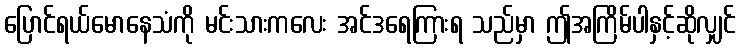
ပြောင်ရယ်မောနေသံကို မင်းသားကလေး အင်ဒရေကြားရ သည်မှာ ဤအကြိမ်ပါနှင့်ဆိုလျှင်